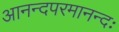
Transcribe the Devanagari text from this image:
आनन्दपरमानन्दः